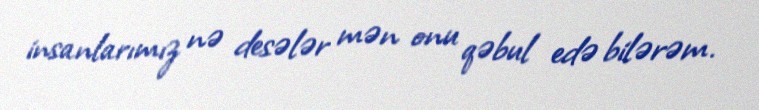
insanlarımız nə desələr mən onu qəbul edə bilərəm.